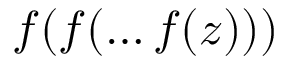
f ( f ( \dots f ( z ) ) )